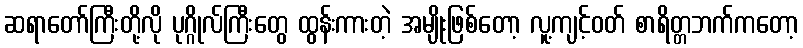
ဆရာတော်ကြီးတို့လို ပုဂ္ဂိုလ်ကြီးတွေ ထွန်းကားတဲ့ အမျိုးဖြစ်တော့ လူ့ကျင့်ဝတ် စာရိတ္တဘက်ကတော့